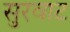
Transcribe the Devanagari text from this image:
सुरवाट